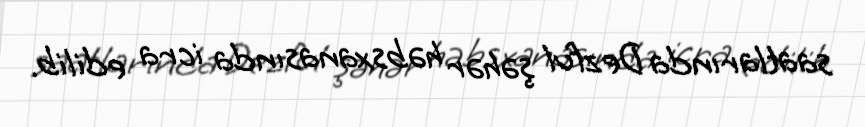
saatlarında Dezful şəhər həbsxanasında icra edilib.